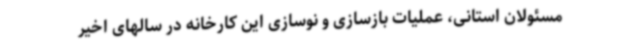
مسئولان استانی، عملیات بازسازی و نوسازی این کارخانه در سالهای اخیر